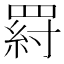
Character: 𦋝